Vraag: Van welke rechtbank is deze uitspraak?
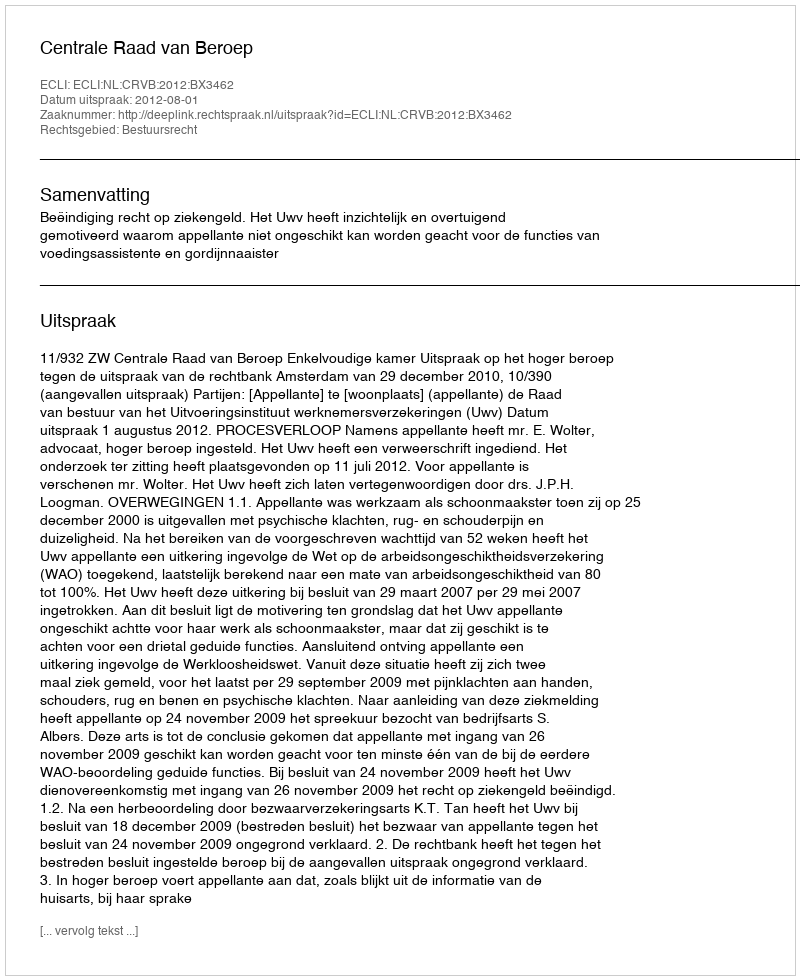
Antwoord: Centrale Raad van Beroep